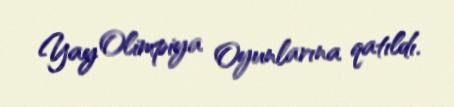
Yay Olimpiya Oyunlarına qatıldı.